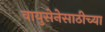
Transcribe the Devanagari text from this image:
वायुसेनेसाठीच्या